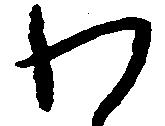
わ